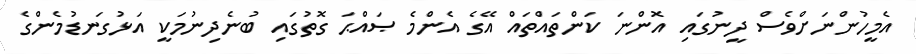
އެމީހުންނަށްވެސް ދީނުގައި އޮންނަ ކަންތައްތައް އޭގެ އެންމެ ޞައްޙަ ގޮތުގައި ބުނެދިނުމަކީ އަޅުގަނޑުމެންގެ